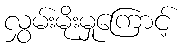
လွှမ်းမိုးမှုကြောင့်